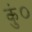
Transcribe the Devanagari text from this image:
कुं०